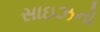
સાઇઝનો